Lunatic asylums Punjab 1881-1894 - 1881-1894
Year: 1881
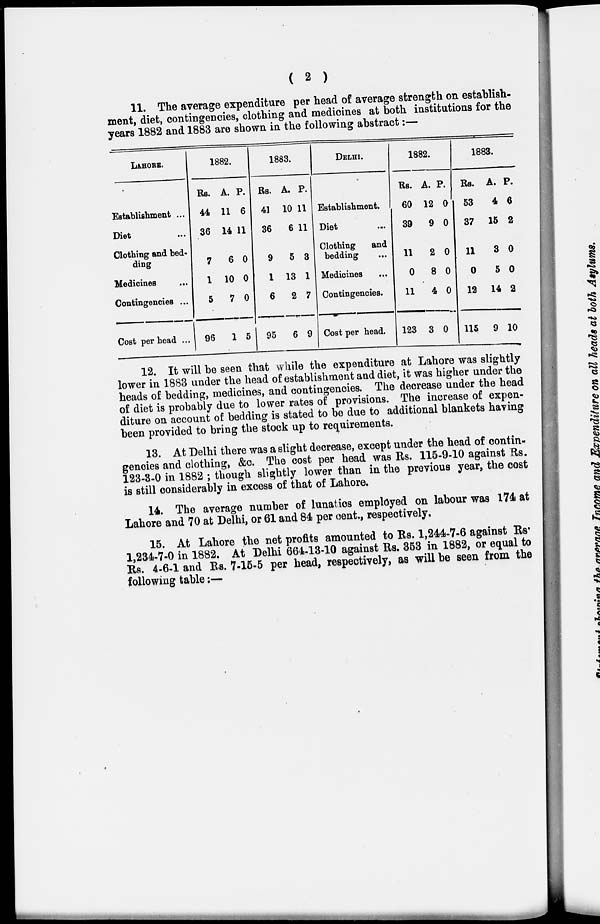
( 2 )
11. The average expenditure per head of average strength on establish-
ment, diet, contingencies, clothing and medicines at both institutions for the
years 1882 and 1883 are shown in the following abstract:—
LAHORE.
Establishment ...
Diet ...
Clothing and bed-
ding
Medicines ...
Contingencies ...
Cost per head ...
1882.
Rs.
44
36
7
1
5
96
A.
11
14
6
10
7
1
P.
6
11
0
0
0
5
1883.
Rs.
41
36
9
1
6
95
A.
10
6
5
13
2
6
P.
11
11
3
1
7
9
DELHI.
Establishment.
Diet ...
Clothing
and
bedding ...
Medicines ...
Contingencies.
Cost per head.
1882.
Rs.
60
39
11
0
11
123
A.
12
9
2
8
4
3
P.
0
0
0
0
0
0
1883.
Rs.
53
37
11
0
12
115
A.
4
15
3
5
14
9
P.
6
2
0
0
2
10
12. It will be seen that while the expenditure at Lahore was slightly
lower in 1883 under the head of establishment and diet, it was higher under the
heads of bedding, medicines, and contingencies. The decrease under the head
of diet is probably due to lower rates of provisions. The increase of expen-
diture on account of bedding is stated to be due to additional blankets having
been provided to bring the stock up to requirements.
13. At Delhi there was a slight decrease, except under the head of contin-
gencies and clothing, &c. The cost per head was Rs. 115-9-10 against Rs.
123-3-0 in 1882 ; though slightly lower than in the previous year, the cost
is still considerably in excess of that of Lahore.
14. The average number of lunatics employed on labour was 174 at
Lahore and 70 at Delhi, or 61 and 84 per cent., respectively,
15. At Lahore the net profits amounted to Rs. 1,244-7-6 against Rs.
1,234-7-0 in 1882. At Delhi 664-13-10 against Rs. 353 in 1882, or equal to
Rs. 4-6-1 and Rs. 7-15-5 per head, respectively, as will be seen from the
following table:—